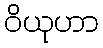
ဝိယုဟာ